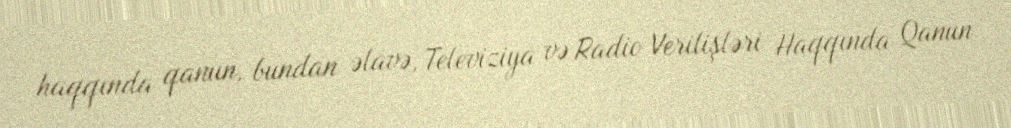
haqqında qanun, bundan əlavə, Televiziya və Radio Verilişləri Haqqında Qanun